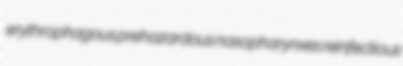
erythrophagous prehazardous nasopharynxes reinfectious